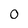
Character: 0